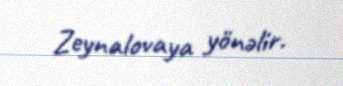
Zeynalovaya yönəlir.